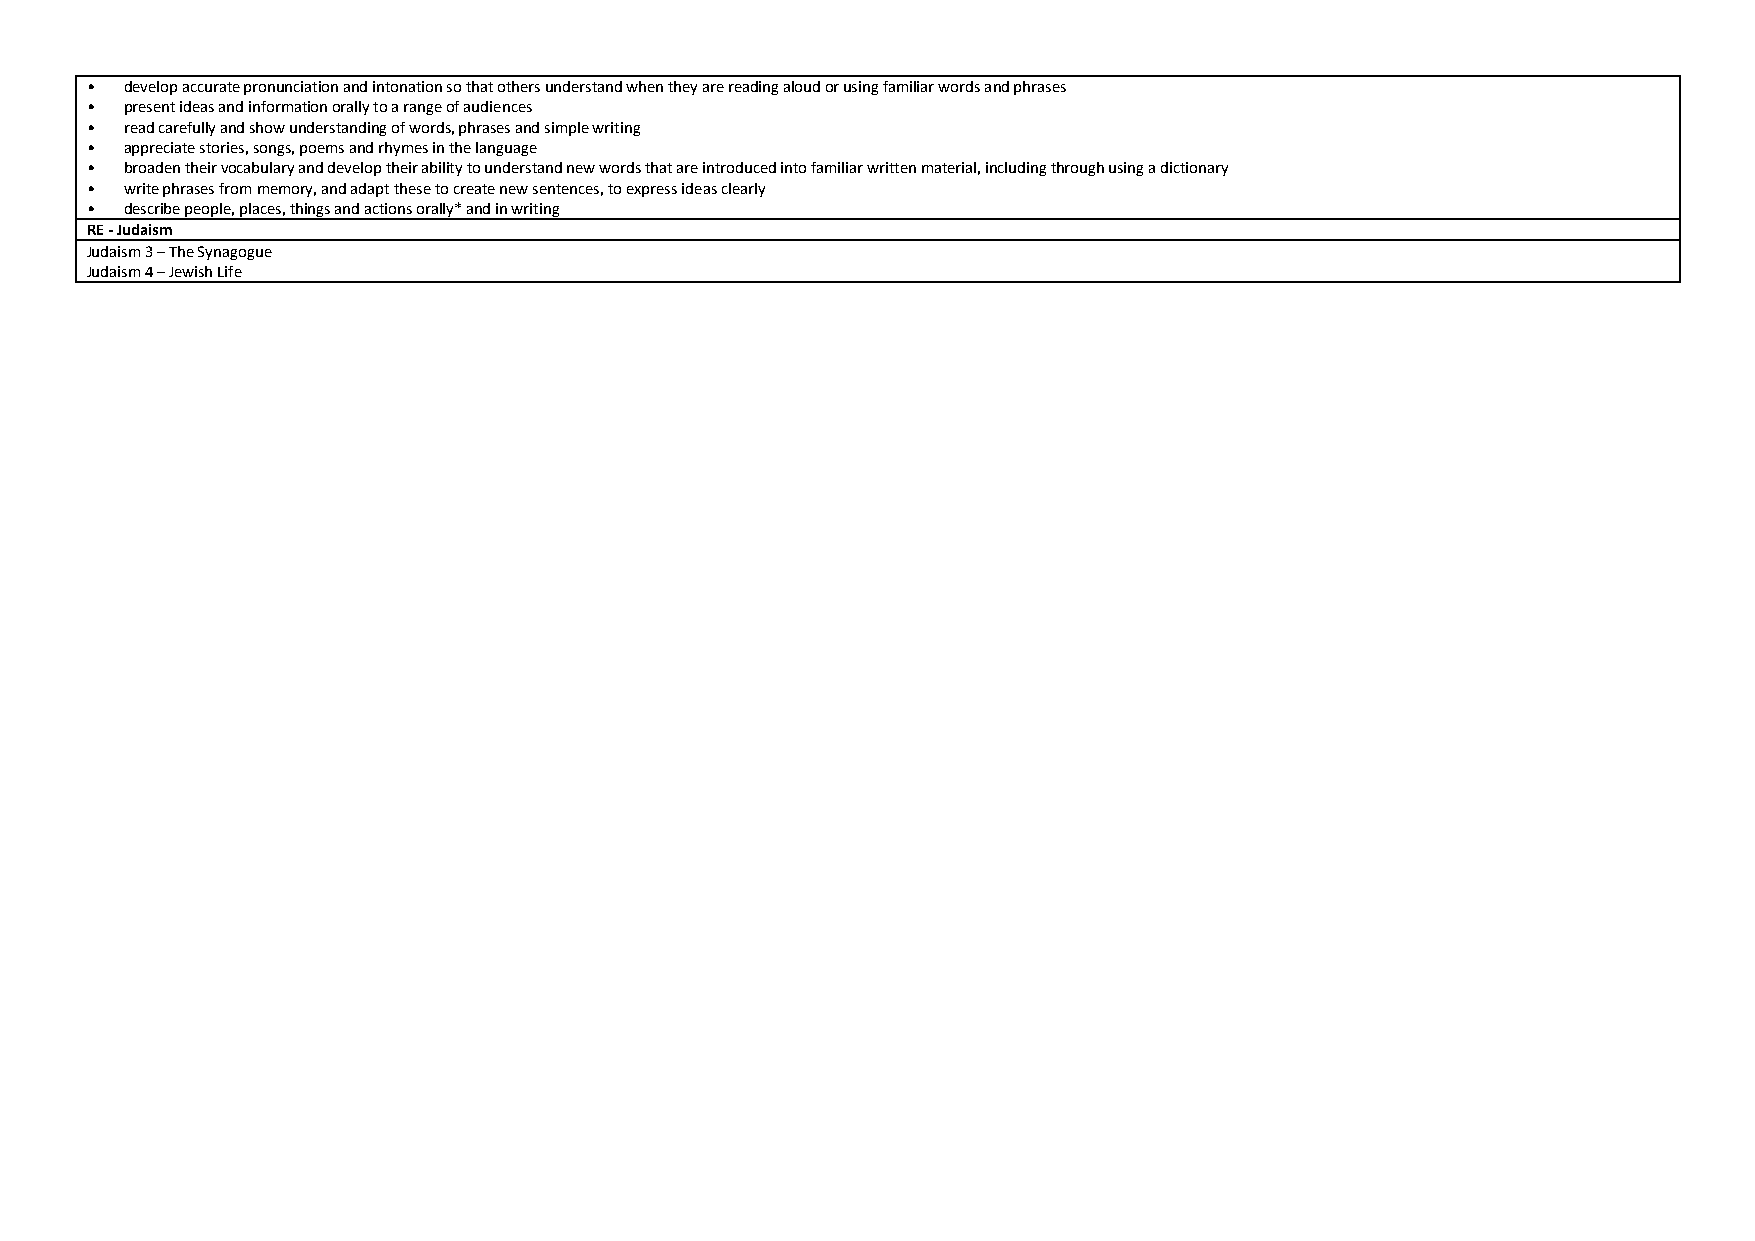
• develop accurate pronunciation and intonation so that others understand when they are reading aloud or using familiar words and phrases
 • present ideas and information orally to a range of audiences
 • read carefully and show understanding of words, phrases and simple writing
 • appreciate stories, songs, poems and rhymes in the language
 • broaden their vocabulary and develop their ability to understand new words that are introduced into familiar written material, including through using a dictionary
 • write phrases from memory, and adapt these to create new sentences, to express ideas clearly
 • describe people, places, things and actions orally* and in writing
 RE - Judaism
 Judaism 3 – The Synagogue
 Judaism 4 – Jewish Life